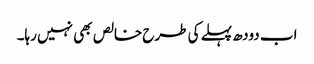
اب دودھ پہلے کی طرح خالص بھی نہیں رہا۔